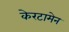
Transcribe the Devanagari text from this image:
केरटामेन